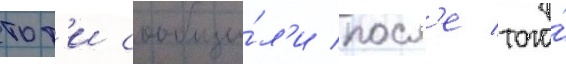
тот'и сообщи́л'и посл'е того́